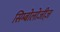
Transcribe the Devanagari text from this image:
सिम्बोलोजीज़